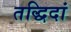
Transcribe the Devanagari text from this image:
तद्धिदां